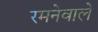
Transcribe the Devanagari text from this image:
रमनेवाले